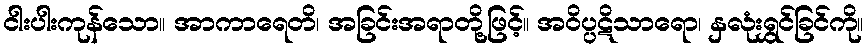
ငါးပါးကုန်သော။ အာကာရေတိ၊ အခြင်းအရာတို့ဖြင့်။ အဝိပ္ပဋိသာရော၊ နှလုံးရွှင်ခြင်ကို။